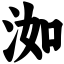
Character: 洳